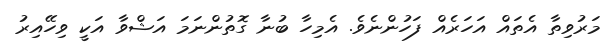
މަރުވިތާ އެތައް އަހަރެއް ފަހުންނެވެ. އެމިހާ ބުނާ ގޮތުންނަމަ އަޝްވާ އަކީ ވިހޭއިރު